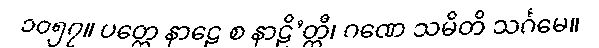
၁၀၅၇။ ပတ္ထေ နာဠေ စ နာဠိ’တ္ထီ၊ ဂဏေ သမိတိ သင်္ဂမေ။